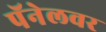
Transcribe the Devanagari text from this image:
पॅनेलवर